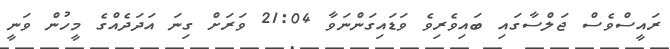
ރައީސްވެސް ޖަލްސާގައި ބައިވެރިވެ ވަޑައިގަންނަވާ 21:04 ވަރަށް ގިނަ އަދަދެއްގެ މީހުން ވަނީ